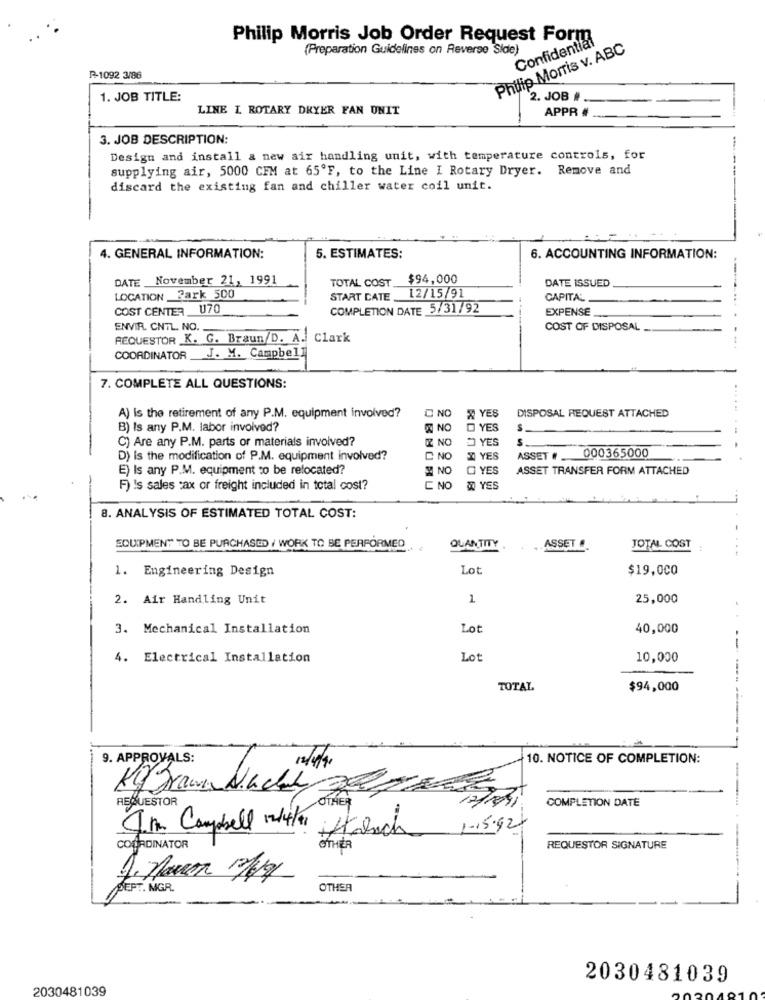
Philip Morris Job Order Request Form
Confidential
(Preparation Guidelines on Reverse Side)
Philip Morris v. ABC
₱ .- 1092 3/86
1. JOB TITLE:
2. JOB #
LINE I ROTARY DRYER FAN UNIT
APPR #
3. JOB DESCRIPTION:
Design and install a new air handling unit, with temperature controls, for
supplying air, 5000 CFM at 65'F, to the Line I Rotary Dryer. Remove and
discard the existing fan and chiller water coil unit.
4. GENERAL INFORMATION:
5. ESTIMATES:
6. ACCOUNTING INFORMATION:
DATE November 21, 1991
TOTAL COST
$94,000
DATE ISSUED
START DATE 12/15/91
LOCATION Park 500
CAPITAL
COST CENTER U70
COMPLETION DATE 5/31/92
EXPENSE_
ENVIR. CNTL. NO.
COST OF DISPOSAL
REQUESTOR K. G. Braun/D. A. Clark
COORDINATOR J. M. Campbell
-- .
7. COMPLETE ALL QUESTIONS:
A) Is the retirement of any P.M. equipment involved?
C NO
A YES
DISPOSAL REQUEST ATTACHED
B) Is any P.M. labor involved?
NO
YES
S
C) Are any P.M. parts or materials involved?
NO
YES
S
000365000
D) is the modification of P.M. equipment involved?
C NO
X YES
ASSET_
E) Is any P.M. equipment to be relocated?
NO
O YES
ASSET TRANSFER FORM ATTACHED
F) !s sales tax or freight included in total cost?
C NO
8 YES
8. ANALYSIS OF ESTIMATED TOTAL COST:
ASSET
EQUIPMENT TO BE PURCHASED . WORK TO BE PERFORMED
QUANTITY
TOTAL COST
1. Engineering Design
Lot
$19,000
2. Air Handling Unit
1
25,000
3. Mechanical Installation
Lot
40,000
--
4. Electrical Installation
Lot
10,000
TOTAL
$94,000
---------
9. APPROVALS:
10. NOTICE OF COMPLETION:
12/4/4.
Ki Frawn Nacht
REQUESTOR
OTHER
COMPLETION DATE
Im Campbell 1/4/1
Habich
1-15.92
COORDINATOR
OTHER
REQUESTOR SIGNATURE
SEPT. MGR.
OTHER
2030481039
2030481039